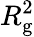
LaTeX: R_{\mathrm{g}}^{2}